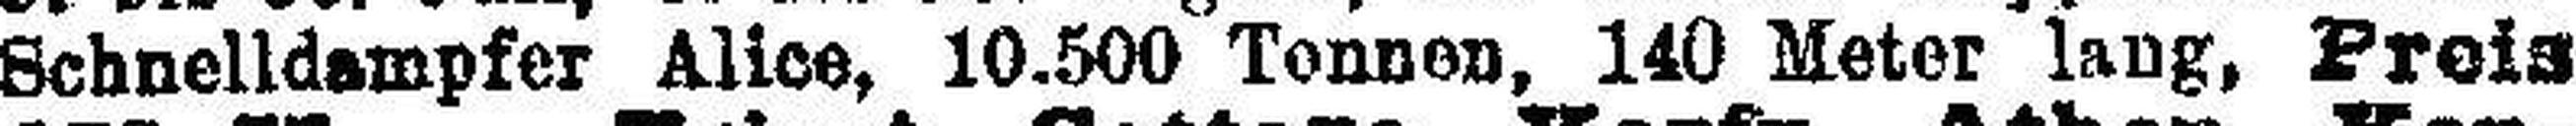
Schnelldampfer Alice, 10.500 Tonnen, 140 Meter lang, Preis